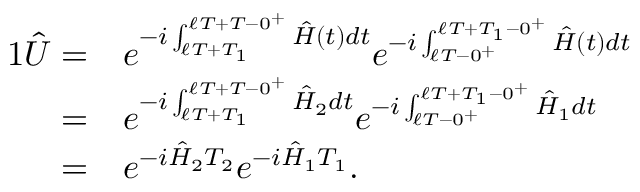
\begin{array} { r l } { { 1 } \hat { U } = } & { e ^ { - i \int _ { \ell T + T _ { 1 } } ^ { \ell T + T - 0 ^ { + } } \hat { H } ( t ) d t } e ^ { - i \int _ { \ell T - 0 ^ { + } } ^ { \ell T + T _ { 1 } - 0 ^ { + } } \hat { H } ( t ) d t } } \\ { = } & { e ^ { - i \int _ { \ell T + T _ { 1 } } ^ { \ell T + T - 0 ^ { + } } \hat { H } _ { 2 } d t } e ^ { - i \int _ { \ell T - 0 ^ { + } } ^ { \ell T + T _ { 1 } - 0 ^ { + } } \hat { H } _ { 1 } d t } } \\ { = } & { e ^ { - i \hat { H } _ { 2 } T _ { 2 } } e ^ { - i \hat { H } _ { 1 } T _ { 1 } } . } \end{array}